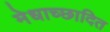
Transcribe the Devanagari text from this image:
मेधाच्छादित